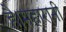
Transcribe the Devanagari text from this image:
है।महारानी